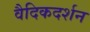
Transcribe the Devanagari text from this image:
वैदिकदर्शन